Report on the metropolitan horse fairs and district horse shows of 1892-93 - 1892-1893
Year: 1892
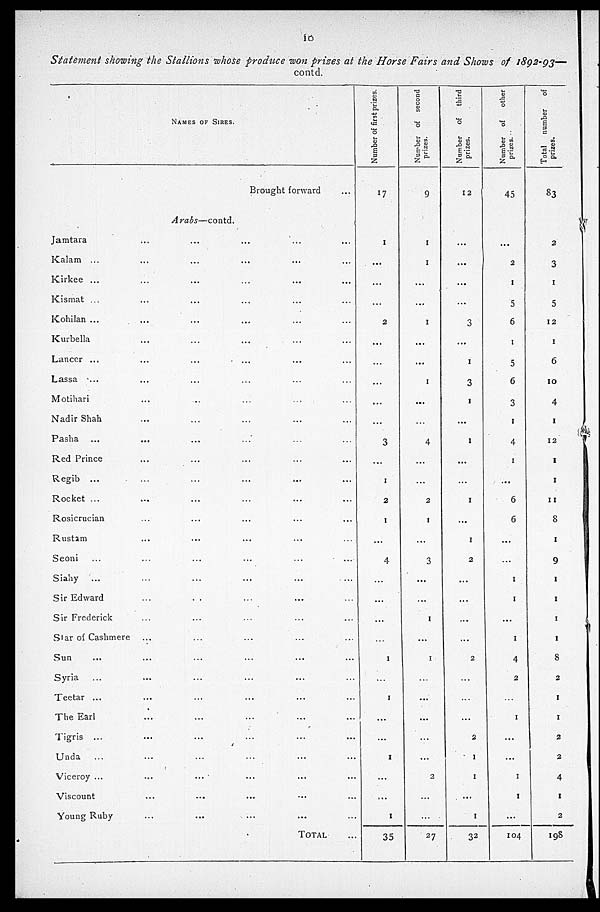
10
Statement showing the Stallions whose produce won prizes at the Horse Fairs and Shows of 1892-93—
contd.
NAMES OF SIRES.
Brought forward ...
Arabs—contd.
Jamtara ... ... ... ...
Kalam ... ... ... ... ...
Kirkee ... ... ... ... ...
Kismat ... ... ... ... ...
Kohilan ... ... ... ... ...
Kurbella ... ... ... ...
Lancer ...
Lassa ... ... ... ...
Motihari
...
...
...
...
...
Nadir Shah
...
...
...
...
...
Pasha ...
...
...
...
...
...
Red Prince ... ... ... ...
Regib ... ... ... ... ...
Rocket ...
Rosicrucian ... ... ... ...
Rustam ... ... ... ...
Seoni ... ... ... ...
Siahy ... ... ... ...
Sir Edward
Sir Frederick
Star of Cashmere ... ... ... ...
Sun ... ... ... ...
Syria
... ... ... ...
Tectar ... ... ... ... ...
The Earl ... ... ... ...
Tigris ... ... ... ... ...
Unda
... ... ... ... ...
Viceroy ... ... ... ... ...
Viscount ... ... ... ...
Young Ruby ... ... ... ...
TOTAL ...
Number of first prizes.
17
1
...
...
...
2
...
...
...
...
...
3
...
1
2
1
...
4
...
...
...
...
1
...
1
...
...
1
...
...
1
35
Number
of second
prizes.
9
1
1
...
...
1
...
...
1
...
4
...
...
2
1
...
3
...
...
1
...
1
...
...
...
...
...
2
...
...
27
Number
of third
prizes.
12
...
...
...
...
3
...
1
3
1
...
1
...
...
1
...
1
2
...
...
...
...
2
...
...
...
2
1
1
...
1
32
Number of
other
prizes.
45
...
2
1
5
6
1
5
6
3
1
4
1
...
6
6
...
...
1
1
...
1
4
2
...
1
...
...
1
1
...
104
Total
number of
prizes.
83
2
3
1
5
12
1
6
10
4
1
12
1
1
11
8
1
9
1
1
1
1
8
2
1
1
2
2
4
1
2
198